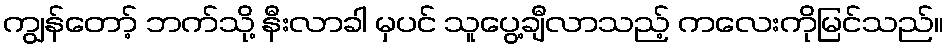
ကျွန်တော့် ဘက်သို့ နီးလာခါ မှပင် သူပွေ့ချီလာသည့် ကလေးကိုမြင်သည်။